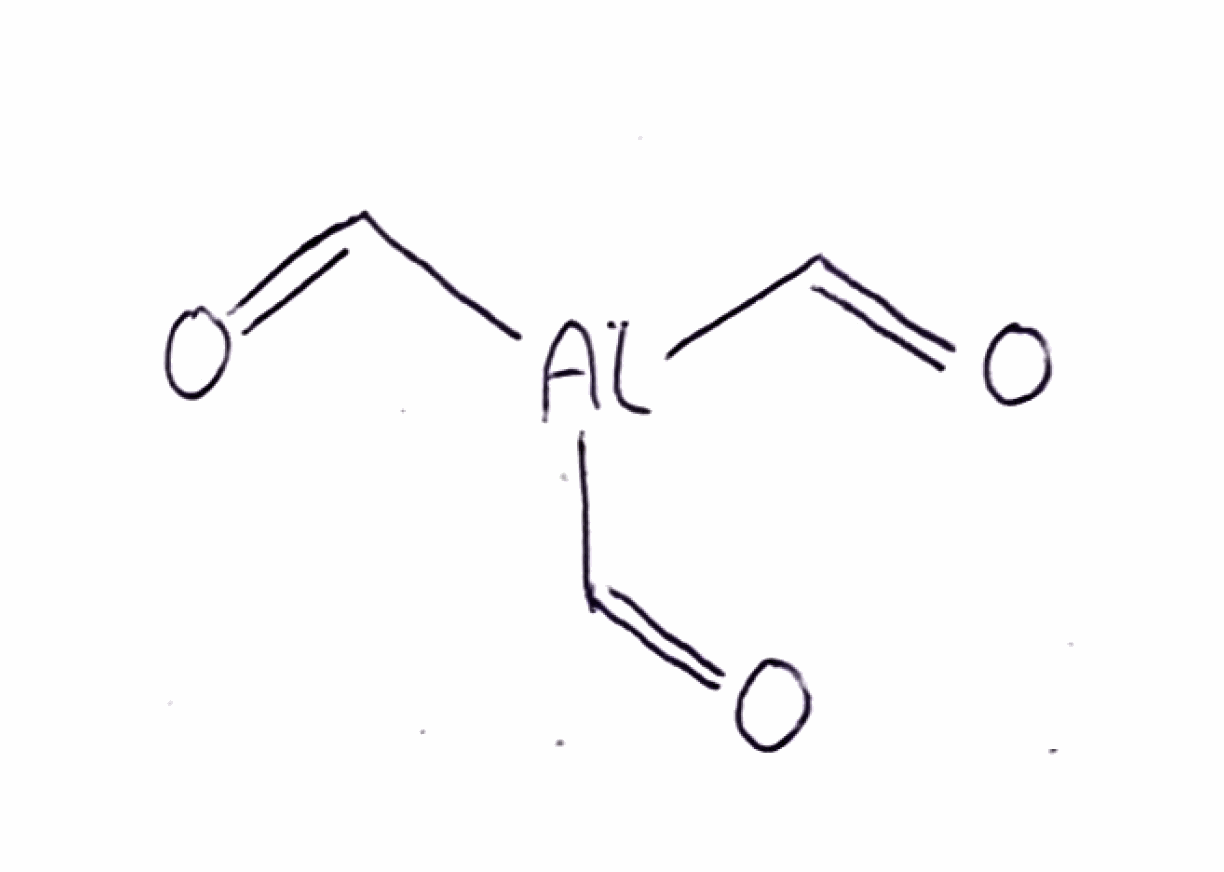
Simplified molecular-input line-entry system (SMILES) notation of the given molecule:
C(=O)[Al](C=O)C=O